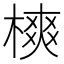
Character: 樉